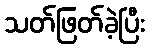
သတ်ဖြတ်ခဲ့ပြီး